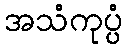
အသံကုပ္ပံ